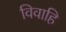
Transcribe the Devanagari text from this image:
विवाहि